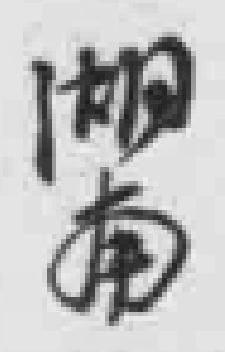
湖南